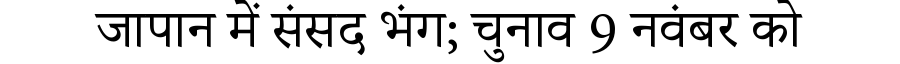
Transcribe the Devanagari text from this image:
जापान में संसद भंग; चुनाव 9 नवंबर को